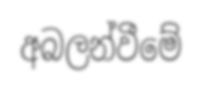
අබලන්වීමේ